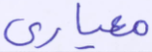
معياري